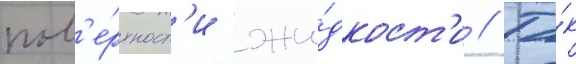
пов'е́рхност'и жи́дкост'и // Та́к